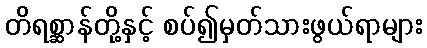
တိရစ္ဆာန်တို့နှင့် စပ်၍မှတ်သားဖွယ်ရာများ